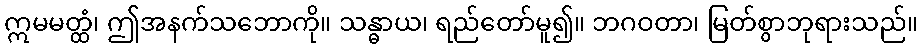
ဣမမတ္ထံ၊ ဤအနက်သဘောကို။ သန္ဓာယ၊ ရည်တော်မူ၍။ ဘဂဝတာ၊ မြတ်စွာဘုရားသည်။